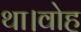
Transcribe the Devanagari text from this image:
था।वोह